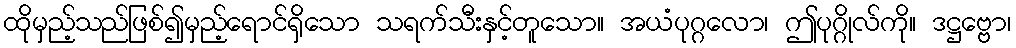
ထိုမှည့်သည်ဖြစ်၍မှည့်ရောင်ရှိသော သရက်သီးနှင့်တူသော။ အယံပုဂ္ဂလော၊ ဤပုဂ္ဂိုလ်ကို။ ဒဋ္ဌဗ္ဗော၊